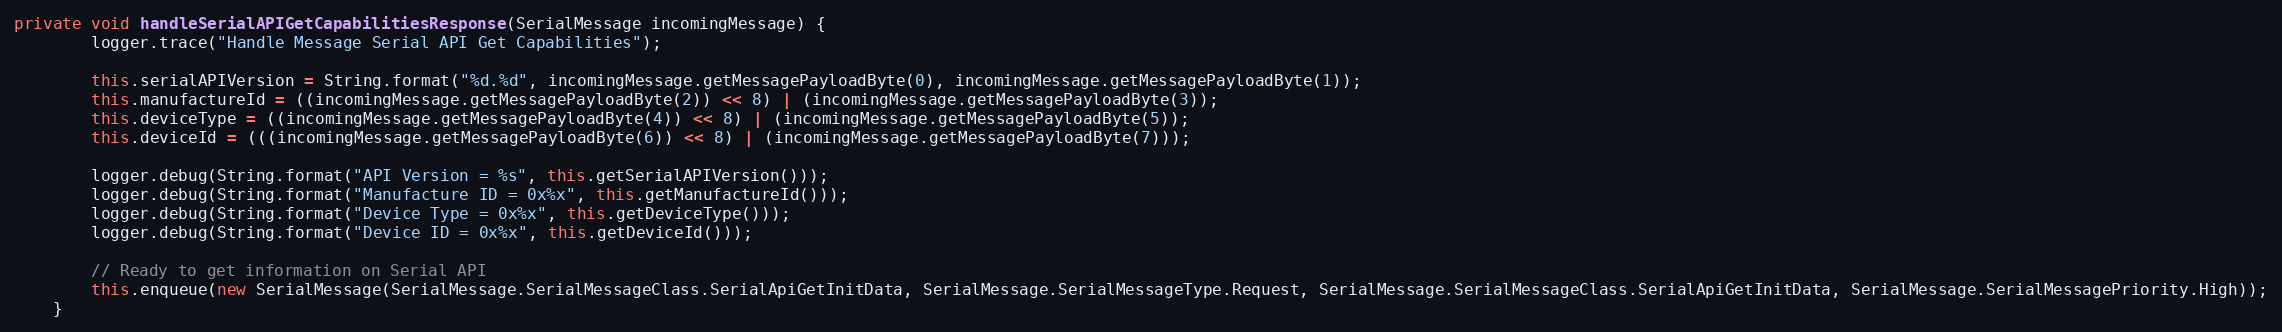
Language: Java
private void handleSerialAPIGetCapabilitiesResponse(SerialMessage incomingMessage) {
		logger.trace("Handle Message Serial API Get Capabilities");

		this.serialAPIVersion = String.format("%d.%d", incomingMessage.getMessagePayloadByte(0), incomingMessage.getMessagePayloadByte(1));
		this.manufactureId = ((incomingMessage.getMessagePayloadByte(2)) << 8) | (incomingMessage.getMessagePayloadByte(3));
		this.deviceType = ((incomingMessage.getMessagePayloadByte(4)) << 8) | (incomingMessage.getMessagePayloadByte(5));
		this.deviceId = (((incomingMessage.getMessagePayloadByte(6)) << 8) | (incomingMessage.getMessagePayloadByte(7)));

		logger.debug(String.format("API Version = %s", this.getSerialAPIVersion()));
		logger.debug(String.format("Manufacture ID = 0x%x", this.getManufactureId()));
		logger.debug(String.format("Device Type = 0x%x", this.getDeviceType()));
		logger.debug(String.format("Device ID = 0x%x", this.getDeviceId()));

		// Ready to get information on Serial API
		this.enqueue(new SerialMessage(SerialMessage.SerialMessageClass.SerialApiGetInitData, SerialMessage.SerialMessageType.Request, SerialMessage.SerialMessageClass.SerialApiGetInitData, SerialMessage.SerialMessagePriority.High));
	}